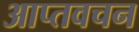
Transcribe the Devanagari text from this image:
आप्तवचन